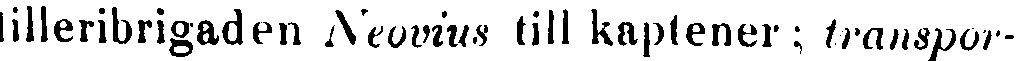
tilleribrigaden Neovius till kaptener; transpor-